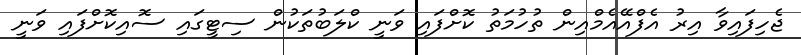
ޖެހިފައިވާ އިރު އެފްއޭއެމްއިން ތުހުމަތު ކޮށްފައި ވަނީ ކްލަބުތަކުން ސިޓީގައި ސޮއިކޮށްފައި ވަނީ